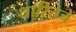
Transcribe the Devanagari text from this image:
धारितेचे